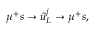
\mu ^ { + } s \to \tilde { u } _ { L } ^ { j } \to \mu ^ { + } s ,